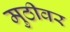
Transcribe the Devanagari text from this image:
मुठीवर